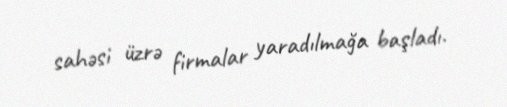
sahəsi üzrə firmalar yaradılmağa başladı.